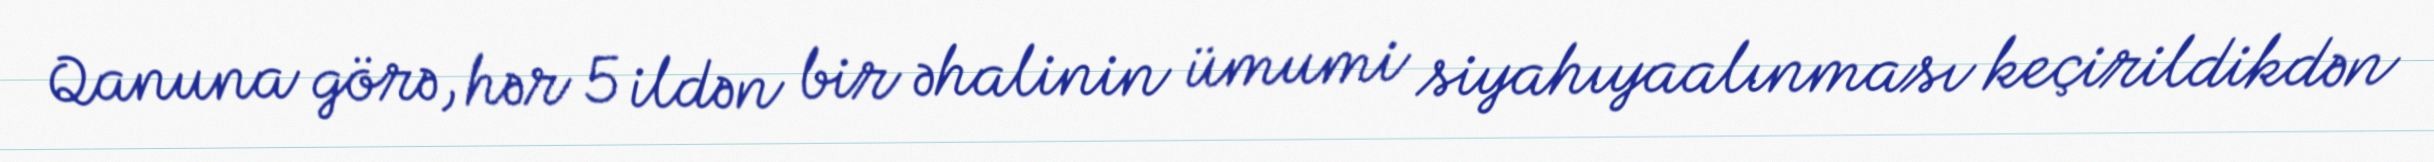
Qanuna görə, hər 5 ildən bir əhalinin ümumi siyahıyaalınması keçirildikdən